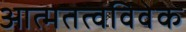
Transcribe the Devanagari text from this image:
आत्मतत्वविवेक